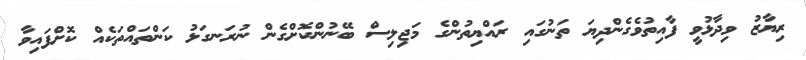
ރިޔާޒު ވިދާޅުވީ ފާއިތުވެގެންދިޔަ ތަނުގައި ރައްޔިތުންގެ މަޖިލިސް ބޭނުންކޮށްގެން ނުރަނގަޅު ކަންތައްތަކެއް ކޮށްފައިވާ